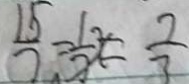
\frac { 1 5 } { 7 } = \frac { 1 } { 7 } x = \frac { 7 } { 3 }